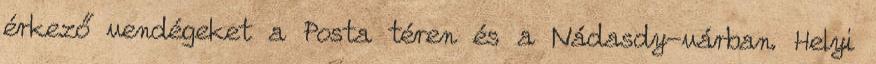
érkező vendégeket a Posta téren és a Nádasdy-várban. Helyi